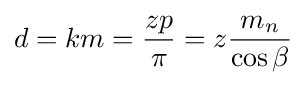
d=km={\frac {zp}{\pi }}=z{\frac {m_{n}}{\cos \beta }}